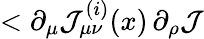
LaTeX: <\partial_{\mu}{\cal J}_{\mu\nu}^{(i)}(x)\, \partial_{\rho}{\cal J}